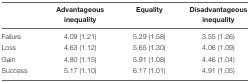
<table><thead><tr><td></td><td><b>Advantageous inequality</b></td><td><b>Equality</b></td><td><b>Disadvantageous inequality</b></td></tr></thead><tbody><tr><td>Failure</td><td>4.09 (1.21)</td><td>5.29 (1.58)</td><td>3.55 (1.26)</td></tr><tr><td>Loss</td><td>4.63 (1.12)</td><td>5.65 (1.30)</td><td>4.06 (1.09)</td></tr><tr><td>Gain</td><td>4.80 (1.15)</td><td>5.91 (1.08)</td><td>4.46 (1.04)</td></tr><tr><td>Success</td><td>5.17 (1.10)</td><td>6.17 (1.01)</td><td>4.91 (1.05)</td></tr></tbody></table>